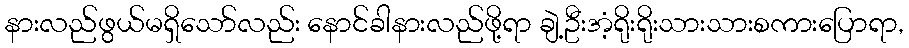
နားလည်ဖွယ်မရှိသော်လည်း နောင်ခါနားလည်ဖို့ရာ ချဲ့ဦးအံ့ရိုးရိုးသားသားစကားပြောရာ,